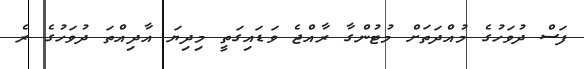
ފަސް ދުވަހުގެ މުއްދަތަށް މުޓުންގާ ރާއްޖެ ވަޑައިގަތީ މިދިޔަ އާދިއްތަ ދުވަހުގެ ރެ